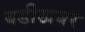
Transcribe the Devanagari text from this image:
बडीखबर